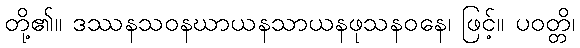
တို့၏။ ဒဿနသဝနဃာယနသာယနဖုသနဝနေ၊ ဖြင့်။ ပဝတ္တိ၊